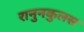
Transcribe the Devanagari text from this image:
रानुनकुलस